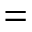
=